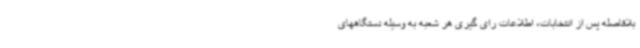
بلافاصله پس از انتخابات، اطلاعات رای گیری هر شعبه به وسیله دستگاههای